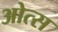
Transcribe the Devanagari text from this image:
ओत्स